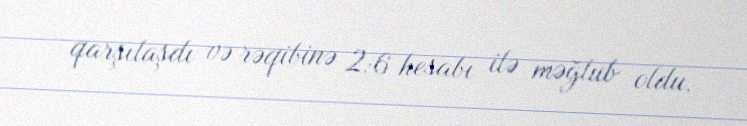
qarşılaşdı və rəqibinə 2:6 hesabı ilə məğlub oldu.